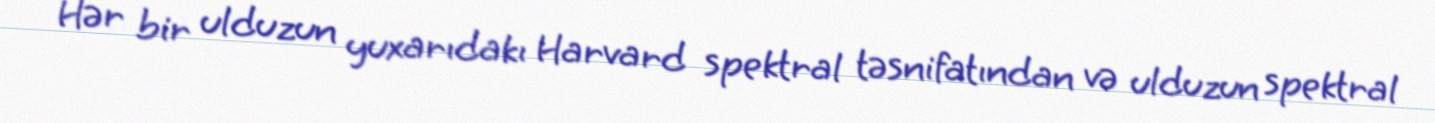
Hər bir ulduzun yuxarıdakı Harvard spektral təsnifatından və ulduzun spektral